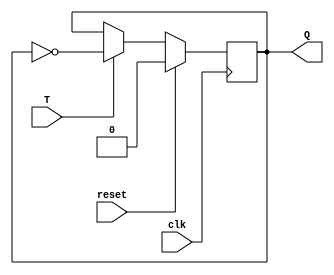
module tff(T, clk, Q, reset);

input T, clk, reset;
output Q;
reg Q;

always @(negedge clk)
begin
	if (reset)
		Q = 0;
	else begin
		if(T)
			Q = ~Q;
		else
			Q = Q;	
	end
	
end

endmodule

module tff_tb;

reg T, clk, reset;
wire Q;

tff i1(T, clk, Q, reset);

always #5 clk = ~clk;

initial
begin
	T = 1'b0; clk = 1'b0; reset = 1;
	$monitor("Time:%f, T=%b, clk=%b, Q=%b", $time, T, clk, Q);
	#5 reset = 0;
	#5 T = 1'b1;
	#5 T = 1'b1;
	#5 T = 1'b1;
	#5 T = 1'b1;
	#5 $finish;
end

endmodule